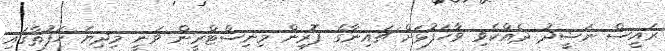
ރައީސް ނަޝީދު ދެއްކެވި ވާހަފުޅަށް ޗައިނާގެ ފޮރިން މިނިސްޓްރީން ވަނީ މިދިޔަ ހަފުތާގައި